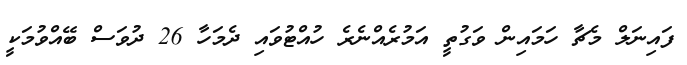
ފައިނަލް މެޗާ ހަމައިން ވަގުތީ އަމުރެއްނެރެ ހުއްޓުވައި ދެމަހާ 26 ދުވަސް ބޭއްވުމަކީ